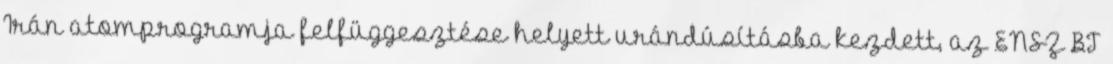
Irán atomprogramja felfüggesztése helyett urándúsításba kezdett, az ENSZ BT